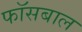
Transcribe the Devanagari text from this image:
फॉसबाल